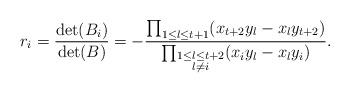
LaTeX: \begin{align*}r_{i} = \frac{\det(B_{i})}{\det(B)} = -\frac{ \prod_{1 \leq l \leq t+1} (x_{t+2}y_{l} - x_{l}y_{t+2})}{ \prod_{\substack{1 \leq l \leq t+2 \\ l \neq i}} (x_{i}y_{l} - x_{l}y_{i})}. \end{align*}